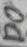
Text: D0